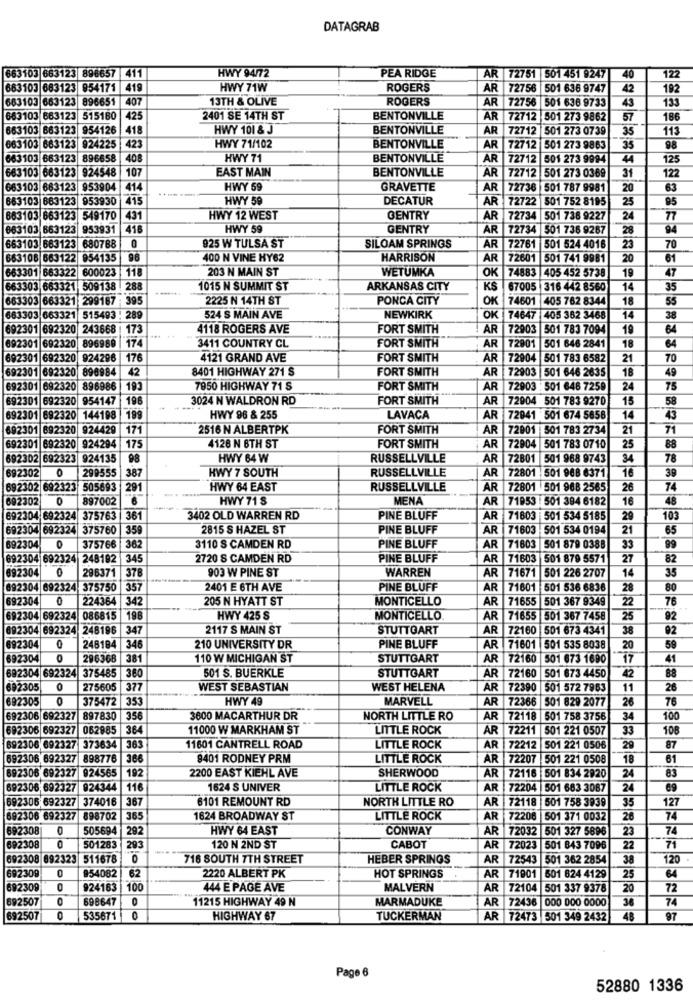
DATAGRAB
663103 663123 896657 411
HWY 94/72
PEA RIDGE
AR 72751 501 451 9247
40
122
683103 683123 954171 |419
HWY 71W
ROGERS
AR 72756 501 636 9747
42
192
663103 663123 896651
407
13TH & OLIVE
ROGERS
AR 72756 501 636 9733
43
133
663103 663123 515180
425
2401 SE 14TH ST
BENTONVILLE
AR 72712 501 273 9862
57
186
663103 663123 954126
418
HWY 101 & J
BENTONVILLE
AR 72712 501 273 0739
35
113
423
HWY 71/102
BENTONVILLE
98
863103 663123
924225
AR 72712
501 273 9863
35
663103 863123
896658
408
HWY 71
BENTONVILLE
AR
72712
501 273 9994
44
125
663103 663123 924548
107
EAST MAIN
BENTONVILLE
AR 72712 501 273 0369
122
31
663103 683123
953904
414
HWY 59
GRAVETTE
AR 72736 501 787 9981
20
63
663103 663123
953930
415
HWY 59
DECATUR
AR 72722
501 752 8195
25
85
863103 663123
549170
431
HWY 12 WEST
GENTRY
AR 72734 501 738 9227
24
77
863103 663123
953931
416
HWY 59
GENTRY
AR
72734
501 736 9267
28
94
0
925 W TULSA ST
AR
70
663103, 663123
680788
SILOAM SPRINGS
72761 501 524 4016
23
663106 663122 954135
98
400 N VINE HY62
HARRISON
AR
72601
501 741 9981
20
61
663301 663322
600023
118
203 N MAIN ST
WETUMKA
OK
74883
405 452 5738
19
47
663303 663321
509138
288
1015 N SUMMIT ST
ARKANSAS CITY
KS
67005
316 442 8560
14
35
663303 663321
299187
395
2225 N 14TH ST
PONCA CITY
OK
74601
405 762 8344
18
55
289
683303 663321
515493
524 S MAIN AVE
NEWKIRK
74647
405 362 3468
14
38
692301 692320
24366
173
4118 ROGERS AVE
FORT SMITH
AR
72903
501 783 7094
19
64
174
3411 COUNTRY CL
FORT SMITH
AR
72901
501 646 2841
18
64
892301 692320
692301 692320
924296
176
4121 GRAND AVE
FORT SMITH
AR
72904
501 783 6582
21
70
692301 692320
896984
42
8401 HIGHWAY 271 S
FORT SMITH
AR 72903
501 646 2635
18
49
692301 692320 896986
193
7950 HIGHWAY 71 S
FORT SMITH
AR 72903 : 501 646 7259
24
75
692301 692320 954147
196
3024 N WALDRON RD
FORT SMITH
AR
72904
501 783 9270
15
58
199
692301 692320 144198
HWY 96 & 255
LAVACA
AR
72941 501 674 5658
14
43
692301 8
892320
924429
171
2516 N ALBERTPK
FORT SMITH
AR
72901
501 783 2734
21
71
692320
175
AR
25
88
692301 6
924294
4126 N 6TH ST
FORT SMITH
72904
501 783 0710
692302 692323 924135
98
HWY 64 W
RUSSELLVILLE
AR
72801 501 968 9743
34
78
692302
0
299555
387
HWY 7 SOUTH
RUSSELLVILLE
AR 72801 . 501 968 6371
16
39
692302 692323 505693 291
HWY 64 EAST
RUSSELLVILLE
AR 72801 501 968 2565
26
7
692302
897002
HWY 71 S
MENA
AR 71953 : 501 384 6182
16
48
---
692304 692324 375763
361
3402 OLD WARREN RD
PINE BLUFF
AR 71603 501 534 5185
29
103
692304 692324 375760 359
2815 S HAZEL ST
PINE BLUFF
AR
71603 . 501 534 0194
21
65
PINE BLUFF
89
692304
375766 362
3110 S CAMDEN RD
AR
71603
501 879 0388
33
692304 692324
248192 345
2720 S CAMDEN RD
PINE BLUFF
AR
71603
501 879 5571
27
82
692304
0
378
903 W PINE ST
WARREN
AR 71671 501 226 2707
14
35
296371
892304 692324 375750
357
2401 E 6TH AVE
PINE BLUFF
AR 71601
501 536 6836
28
80
692304
0
224364
342
205 N HYATT ST
MONTICELLO
AR 71655
501 367 9349
22
76
692304 692324
086815
198
HWY 425 S
MONTICELLO
AR 71655
501 367 7458
25
92
692304 692324 248196
347
2117 S MAIN ST
STUTTGART
AR 72160
501 673 4341
38
92
59
692304
246184
346
210 UNIVERSITY DR
PINE BLUFF
AR 71601 501 535 8038
20
692304
0
296368
381
110 W MICHIGAN ST
STUTTGART
AR 72160 501 673 1690
17
41
692304 692324
360
501 S. BUERKLE
STUTTGART
42
88
375485
AR 72160
501 673 4450
692305
0
275605
377
WEST SEBASTIAN
WEST HELENA
AR 72390
501 572 7963
11
26
692305
0
375472
353
HWY 49
MARVELL
AR 72366 501 829 2077
26
76
692306 692327
897830
356
3600 MACARTHUR DR
NORTH LITTLE RO
AR 72118 501 758 3756
34
100
692306 692327
062885
1364
11000 W MARKHAM ST
LITTLE ROCK
AR 72211 501 221 0507
33
108
692306 692327 373634
363
11601 CANTRELL ROAD
LITTLE ROCK
AR
72212
501 221 0506
29
87
692306 692327 898776
366
8401 RODNEY PRM
LITTLE ROCK
AR
72207 501 221 0508
18
61
692306 692327 924565
192
2200 EAST KIEHL AVE
SHERWOOD
83
AR 72116 501 834 2920
24
692306 692327 924344
116
1624 S UNIVER
LITTLE ROCK
AR 72204 501 683 3087
24
692306 692327 374016
| 367
6101 REMOUNT RD
NORTH LITTLE RO
AR 72118
35
127
501 758 3939
692306 692327
898702 365
1624 BROADWAY ST
LITTLE ROCK
AR 72208
501 371 0032
26
74
692308
0
505694
292
HWY 64 EAST
CONWAY
AR
72032 501 327 5896
23
74
692308
501283
293
120 N 2ND ST
CABOT
AR 72023 501 843 7096
22
71
692308 692323 511678
716 SOUTH 7TH STREET
HEBER SPRINGS
AR 72543 501 362 2854
38
120
692309
0
2220 ALBERT PK
HOT SPRINGS
954082
62
AR 71901 501 624 4129
25
64
692309
924163
100
444 E PAGE AVE
MALVERN
AR 72104 501 337 9378
20
72
692507
698647
11215 HIGHWAY 49 N
MARMADUKE
AR 72436 000 000 0000
36
74
692507
535671
HIGHWAY 67
TUCKERMAN
AR 72473 501 349 2432
48
97
Page 6
52880 1336